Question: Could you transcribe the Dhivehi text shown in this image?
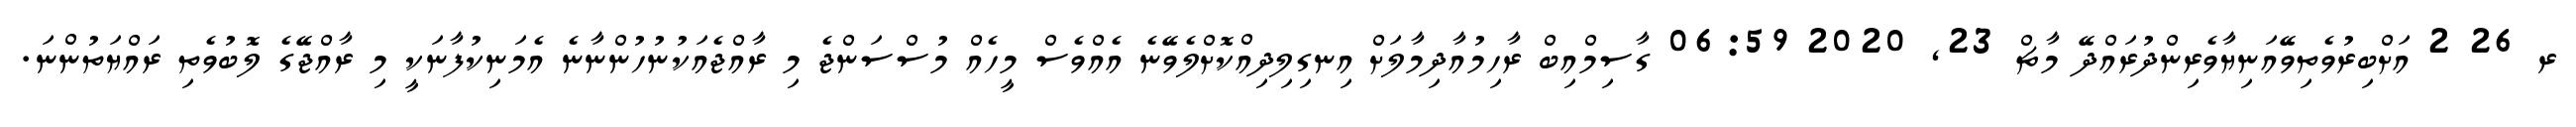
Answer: ރ 26 2 އަށްބިރުވެތިވޭއަނިޔާވެރިންދުރައްދޭ މާޗް 23, 2020 06:59 ގާސިމްއިބް ރާހިމުއާދިމާލަށް އިނގިލިދިއްކޮށްލެވޭނެ އެއްވެސް މީހެއް މުސްސަންޖެ މި ރާއްޖެއަކުނުހުންނާނެ އެމަނިކުފާނަކީ މި ރާއްޖޭގެ ލޮބުވެތި ރައްޔަތުންނަ.